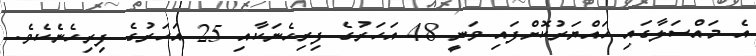
އެ މައްސަލާގައި ހައްޔަރުކޮށްފައި ވަނީ 48 އަހަރުގެ ފިރިހެނަކާއި 25 އަހަރުގެ ފިރިހެނެކެވެ.